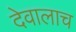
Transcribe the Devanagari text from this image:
देवालाच